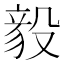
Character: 𬆫